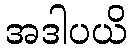
အဒါပယိ